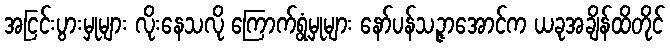
အငြင်းပွားမှုများ လိုးနေသလို ကြောက်ရွံ့မှုများ နော်ပန်သဉ္ဇာအောင်က ယခုအချိန်ထိတိုင်